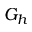
G _ { h }